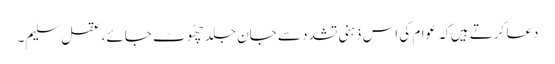
دعا کرتے ہیں کِہ عوام کی اس ذہنی تشدد سے جان جلد چھُوٹ جائے، عقل سلیم۔